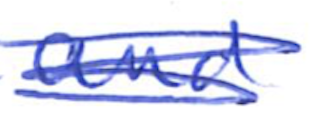
Text: and
Cross-out: scratch
Writing tool: ballpoint